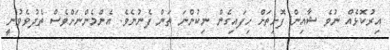
އިރުކޮޅެއް ނުވެ ޝާއިން ފޮށިތަށް ހިފައިގެން ނިކުންނަ ތަން ފެނުނެވެ. އެންމެންނަށްވެސް ތެދުވެވުނީ